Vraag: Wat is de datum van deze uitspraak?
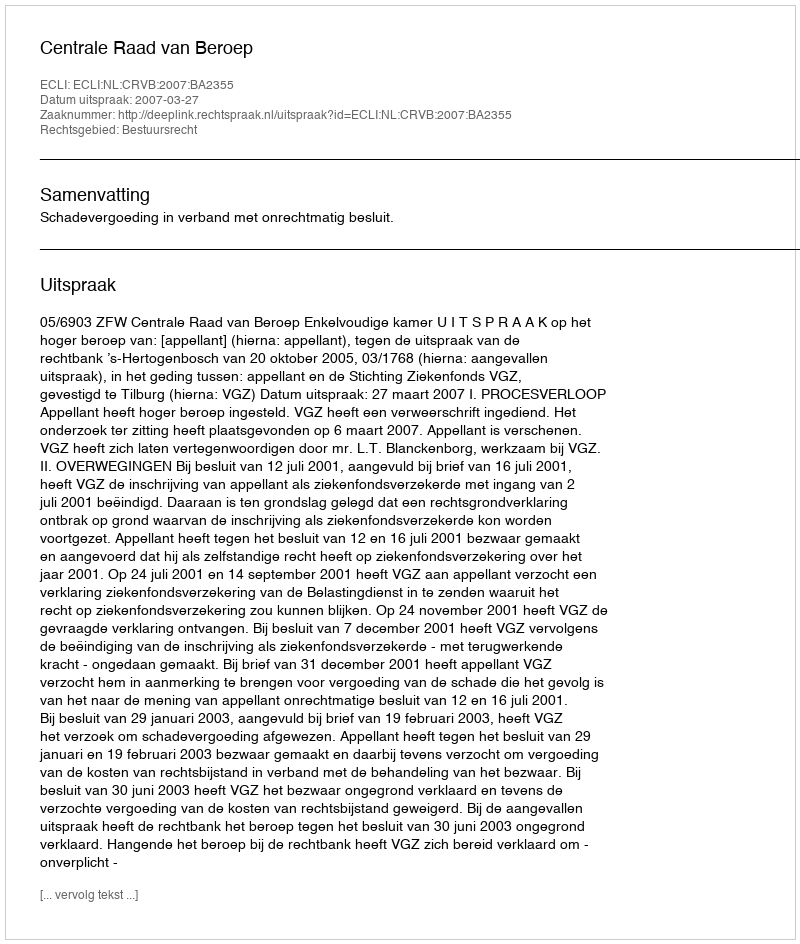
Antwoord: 2007-03-27